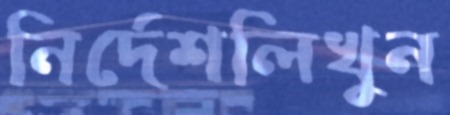
নির্দেশলিখুন